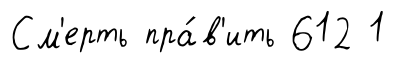
См'ерть пра́в'ить 612 1